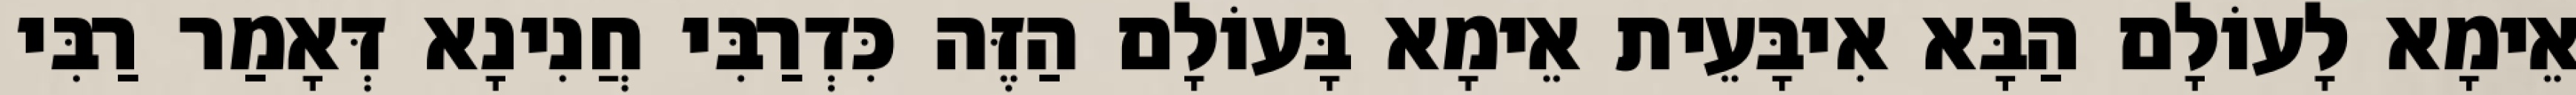
אֵימָא לָעוֹלָם הַבָּא אִיבָּעֵית אֵימָא בָּעוֹלָם הַזֶּה כִּדְרַבִּי חֲנִינָא דְּאָמַר רַבִּי